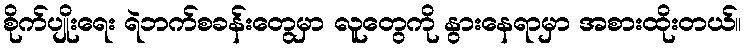
စိုက်ပျိုးရေး ရဲဘက်စခန်းတွေမှာ လူတွေကို နွားနေရာမှာ အစားထိုးတယ်။